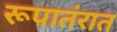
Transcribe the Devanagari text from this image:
रूपातंरात